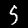
Digit: 5